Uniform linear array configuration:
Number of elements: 12
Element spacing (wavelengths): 1
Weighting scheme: uniform
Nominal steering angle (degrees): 30
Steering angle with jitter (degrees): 31.441
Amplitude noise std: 0.05
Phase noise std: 0.05

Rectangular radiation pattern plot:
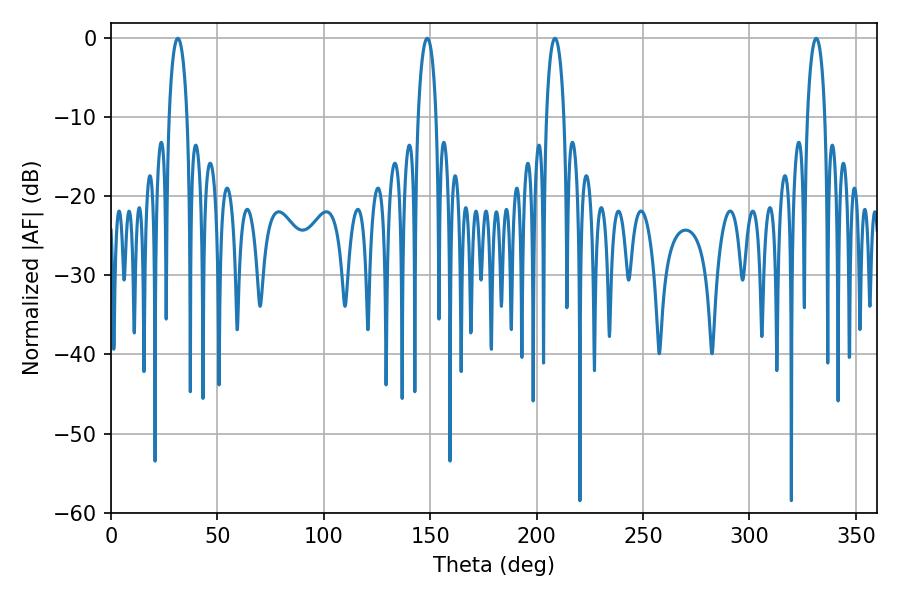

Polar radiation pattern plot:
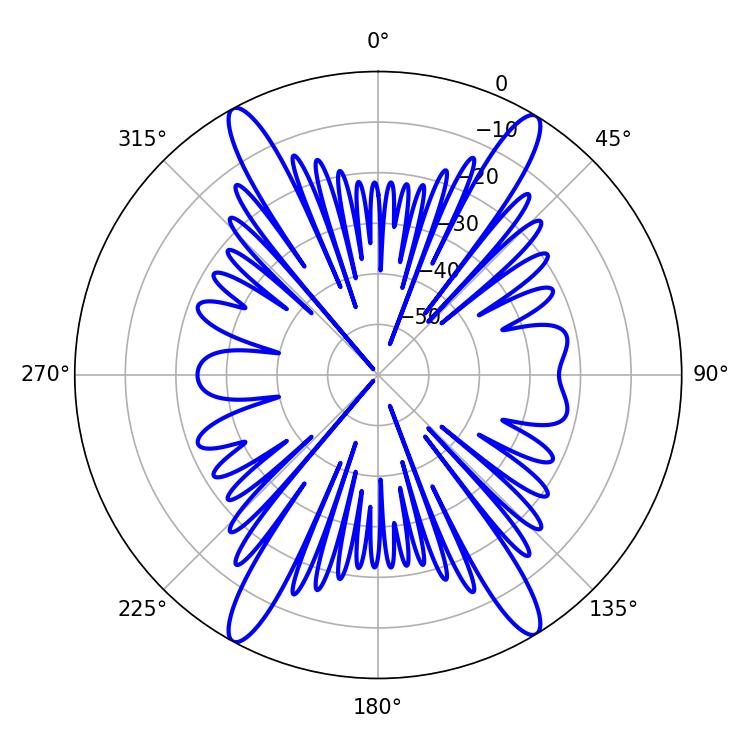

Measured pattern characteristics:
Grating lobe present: TRUE
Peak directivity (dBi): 21.984
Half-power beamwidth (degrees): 4.68
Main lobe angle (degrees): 208.62